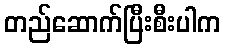
တည်ဆောက်ပြီးစီးပါက